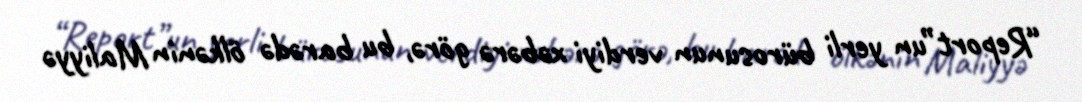
“Report”un yerli bürosunun verdiyi xəbərə görə, bu barədə ölkənin Maliyyə